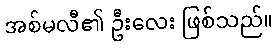
အစ်မလီ၏ ဦးလေး ဖြစ်သည်။